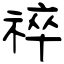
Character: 祽